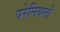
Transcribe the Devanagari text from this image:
परेनियमों